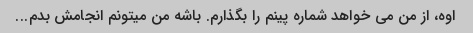
اوه، از من می خواهد شماره پینم را بگذارم. باشه من میتونم انجامش بدم...